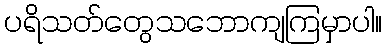
ပရိသတ်တွေသဘောကျကြမှာပါ။